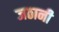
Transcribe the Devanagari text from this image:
जठानी